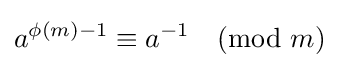
a^{\phi (m)-1}\equiv a^{-1}{\pmod {m}}